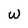
Character: w